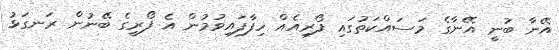
އޭނާ ބުނީ އޭނާގެ މަސައްކަތުގައި ފޯރިއެއް ހިފާފައިވުމުން އެ ފޯރީގެ ބޭނުން ރަނގަޅު